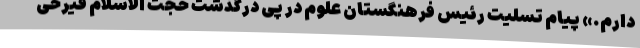
دارم.» پیام تسلیت رئیس فرهنگستان علوم در پی درگذشت حجت الاسلام فیرحی